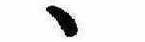
ゝ